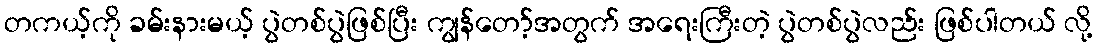
တကယ့်ကို ခမ်းနားမယ့် ပွဲတစ်ပွဲဖြစ်ပြီး ကျွန်တော့်အတွက် အရေးကြီးတဲ့ ပွဲတစ်ပွဲလည်း ဖြစ်ပါတယ် လို့